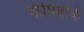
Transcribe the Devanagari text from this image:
कॉमेडीची